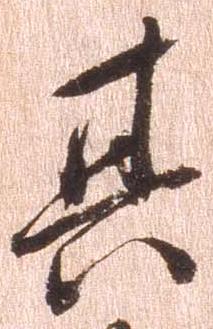
其